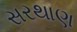
સરથાણ